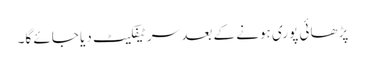
پڑھائی پوری ہونے کے بعد سرٹیفکیٹ دیا جائے گا۔